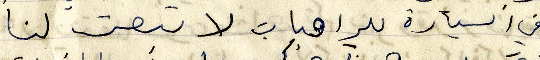
في السيارة للراهبات لا تبعت لنا